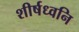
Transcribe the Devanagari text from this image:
शीर्षध्वनि